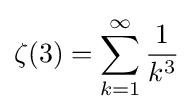
\zeta (3)=\sum _{k=1}^{\infty }{\frac {1}{k^{3}}}